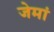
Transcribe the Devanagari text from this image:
जेमां